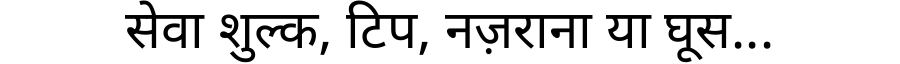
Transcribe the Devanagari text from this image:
सेवा शुल्क, टिप, नज़राना या घूस...